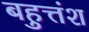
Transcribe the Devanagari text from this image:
बहुत्तंश